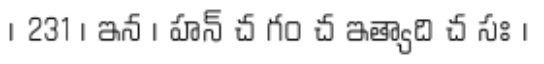
। 231 । ఇన । హన్ చ గం చ ఇత్యాది చ సః ।